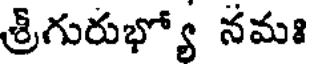
శ్రీగురుభ్యో నమః